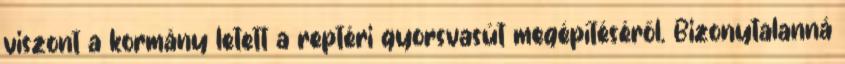
viszont a kormány letett a reptéri gyorsvasút megépítéséről. Bizonytalanná